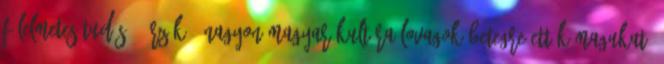
félelme­tes tudású, érzékű, nagyon magyar kultúra-lovagok betegre ették magukat;